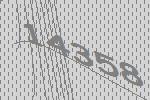
14358